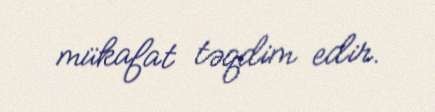
mükafat təqdim edir.